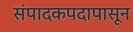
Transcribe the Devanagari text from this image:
संपादकपदापासून